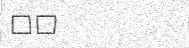
٧٠